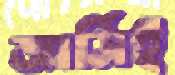
জার্সিই